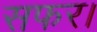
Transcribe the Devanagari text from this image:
सफर।